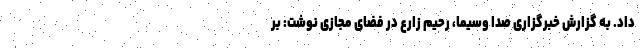
داد. به گزارش خبرگزاری صدا وسیما، رحیم زارع در فضای مجازی نوشت: بر